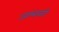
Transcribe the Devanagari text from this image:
जाम्‍बवती